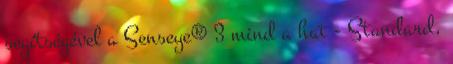
segítségével a Senseye® 3 mind a hat - Standard,